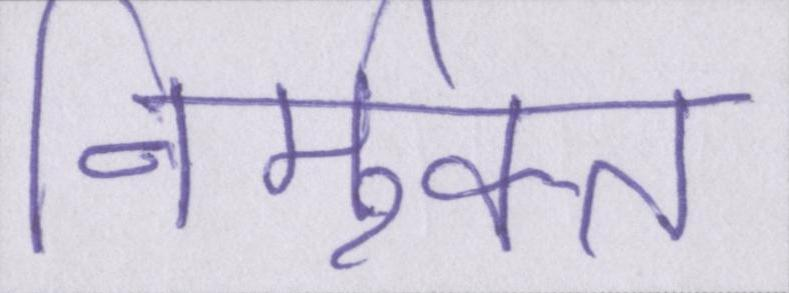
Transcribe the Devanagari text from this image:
निर्मुक्त